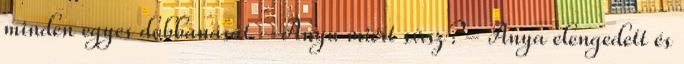
minden egyes dobbanását. –Anyu miért sírsz?- Anya elengedett és